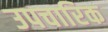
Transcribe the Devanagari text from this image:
उपचारिक